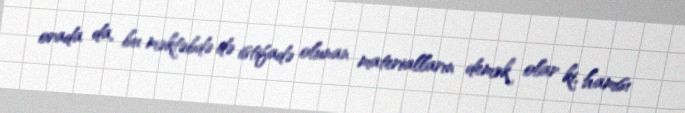
orada da, bu məktəbdə də istifadə olunan materialların demək olar ki, hamısı